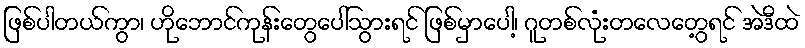
ဖြစ်ပါတယ်ကွာ၊ ဟိုဘောင်ကုန်းတွေပေါ်သွားရင် ဖြစ်မှာပေါ့၊ ဂူတစ်လုံးတလေတွေ့ရင် အဲဒီထဲ